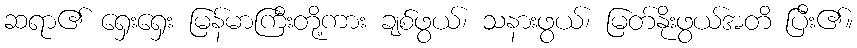
ဆရာ၏ ရှေးရှေး မြန်မာကြီးတို့ကား ချစ်ဖွယ်၊ သနားဖွယ်၊ မြတ်နိုးဖွယ်အတိ ပြီး၏။